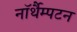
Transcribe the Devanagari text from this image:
नॉर्थैम्पटन